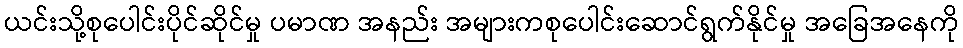
ယင်းသို့စုပေါင်းပိုင်ဆိုင်မှု ပမာဏ အနည်း အများကစုပေါင်းဆောင်ရွက်နိုင်မှု အခြေအနေကို